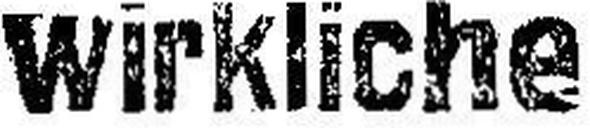
wirkliche